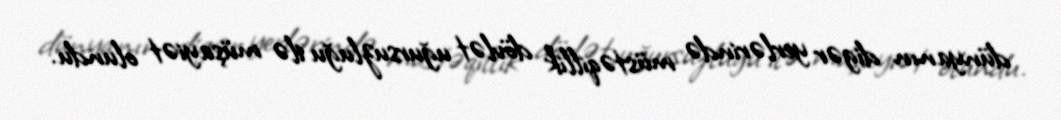
dünyanın digər yerlərində müstəqillik dövlət uğursuzluğu ilə müşayiət olundu.